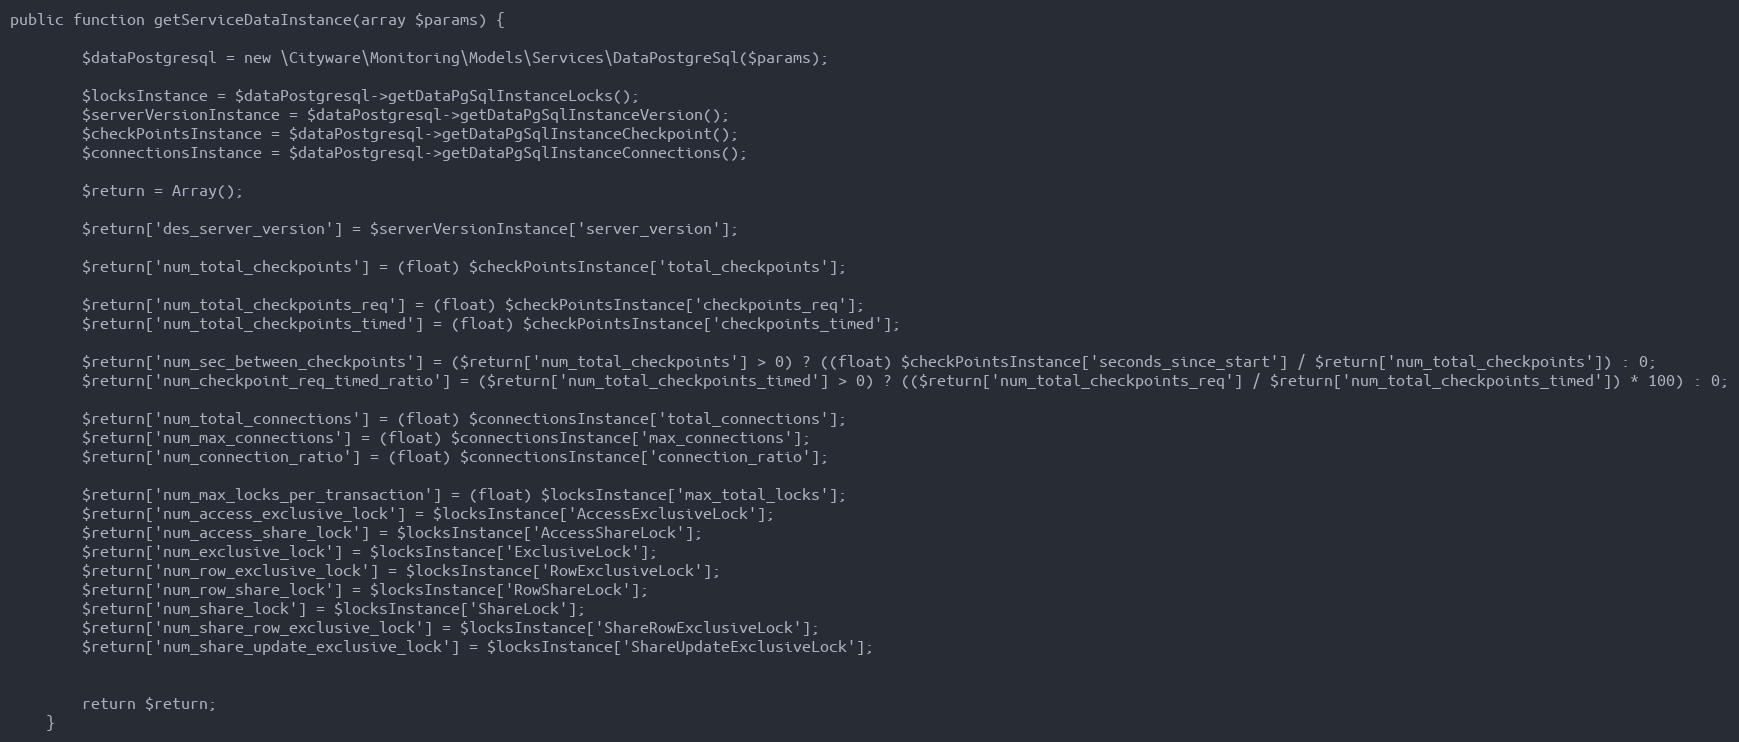
Language: PHP
public function getServiceDataInstance(array $params) {

        $dataPostgresql = new \Cityware\Monitoring\Models\Services\DataPostgreSql($params);

        $locksInstance = $dataPostgresql->getDataPgSqlInstanceLocks();
        $serverVersionInstance = $dataPostgresql->getDataPgSqlInstanceVersion();
        $checkPointsInstance = $dataPostgresql->getDataPgSqlInstanceCheckpoint();
        $connectionsInstance = $dataPostgresql->getDataPgSqlInstanceConnections();

        $return = Array();

        $return['des_server_version'] = $serverVersionInstance['server_version'];

        $return['num_total_checkpoints'] = (float) $checkPointsInstance['total_checkpoints'];

        $return['num_total_checkpoints_req'] = (float) $checkPointsInstance['checkpoints_req'];
        $return['num_total_checkpoints_timed'] = (float) $checkPointsInstance['checkpoints_timed'];

        $return['num_sec_between_checkpoints'] = ($return['num_total_checkpoints'] > 0) ? ((float) $checkPointsInstance['seconds_since_start'] / $return['num_total_checkpoints']) : 0;
        $return['num_checkpoint_req_timed_ratio'] = ($return['num_total_checkpoints_timed'] > 0) ? (($return['num_total_checkpoints_req'] / $return['num_total_checkpoints_timed']) * 100) : 0;

        $return['num_total_connections'] = (float) $connectionsInstance['total_connections'];
        $return['num_max_connections'] = (float) $connectionsInstance['max_connections'];
        $return['num_connection_ratio'] = (float) $connectionsInstance['connection_ratio'];

        $return['num_max_locks_per_transaction'] = (float) $locksInstance['max_total_locks'];
        $return['num_access_exclusive_lock'] = $locksInstance['AccessExclusiveLock'];
        $return['num_access_share_lock'] = $locksInstance['AccessShareLock'];
        $return['num_exclusive_lock'] = $locksInstance['ExclusiveLock'];
        $return['num_row_exclusive_lock'] = $locksInstance['RowExclusiveLock'];
        $return['num_row_share_lock'] = $locksInstance['RowShareLock'];
        $return['num_share_lock'] = $locksInstance['ShareLock'];
        $return['num_share_row_exclusive_lock'] = $locksInstance['ShareRowExclusiveLock'];
        $return['num_share_update_exclusive_lock'] = $locksInstance['ShareUpdateExclusiveLock'];

        return $return;
    }